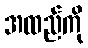
အထည်ကို